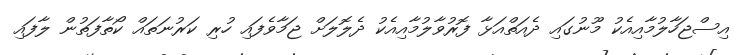
އިސްޖަހާލުމާއިއެކު މޫނުގައި ދެއަތްއަޅާ ފޮރުވާލުމާއިއެކު ދެލޮލަށް ޖަމާވެފައި ހުރި ކަރުނަތައް ކޯތާފަތުން ލާފައި